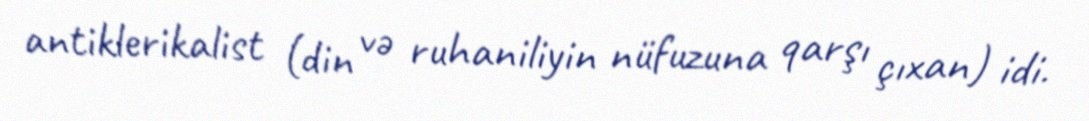
antiklerikalist (din və ruhaniliyin nüfuzuna qarşı çıxan) idi.